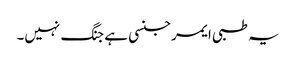
یہ طبی ایمرجنسی ہے جنگ نہیں۔